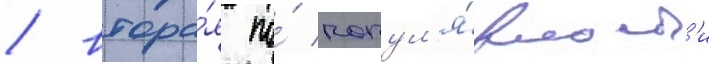
/ втора́я по́ попул'я́рност'и